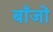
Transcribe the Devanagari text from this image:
बाँजों